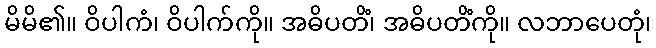
မိမိ၏။ ဝိပါကံ၊ ဝိပါက်ကို။ အဓိပတိံ၊ အဓိပတိံကို။ လဘာပေတုံ၊